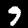
Digit: 9